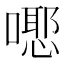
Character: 𭋃